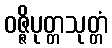
ဝဇ္ဇိပုတ္တသုတ္တံ